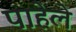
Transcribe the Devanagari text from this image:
पाहेले